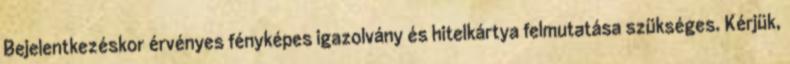
Bejelentkezéskor érvényes fényképes igazolvány és hitelkártya felmutatása szükséges. Kérjük,